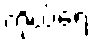
ကိုယ်ရေး